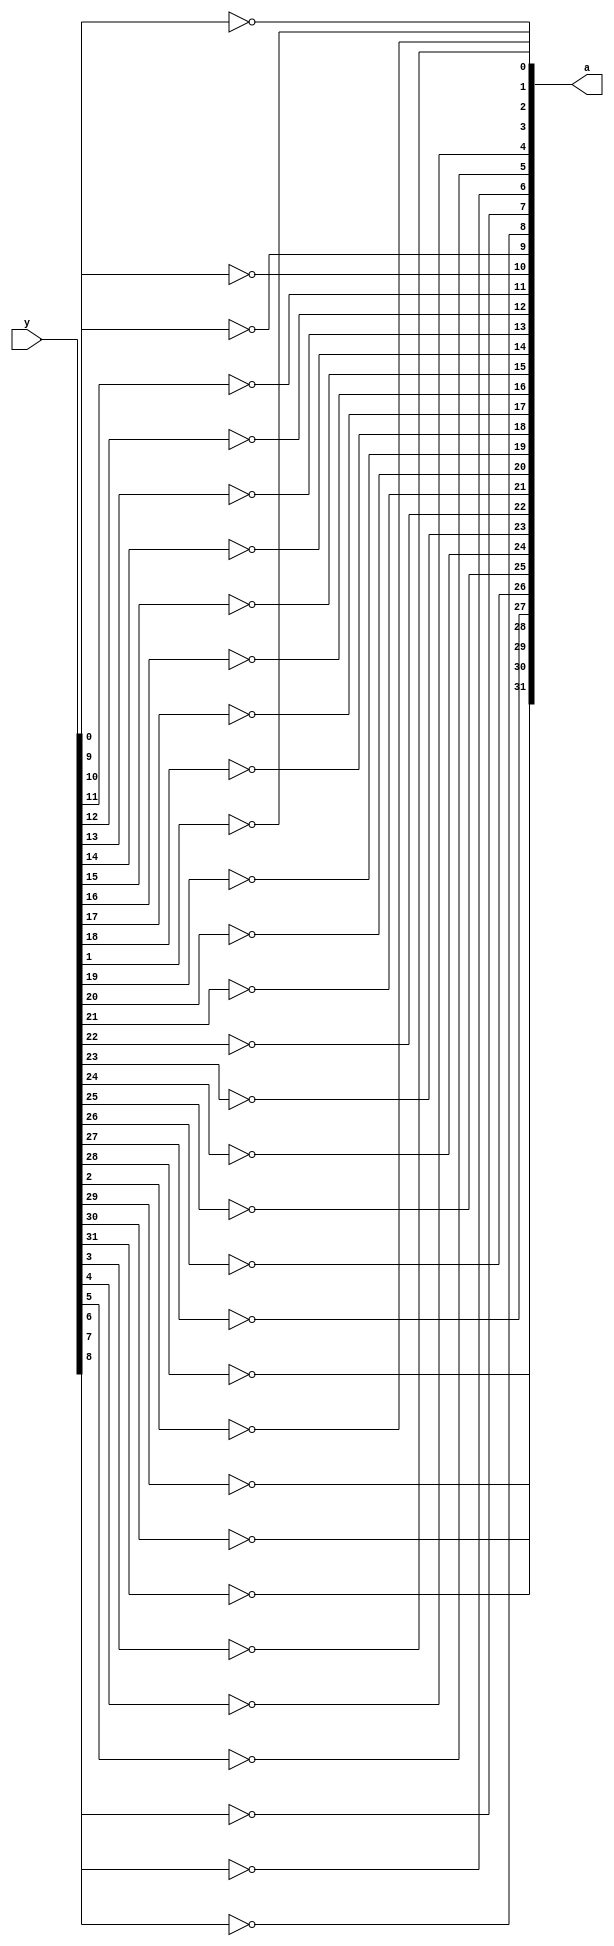
module not_gate32(a, y);
	output [31:0] a;
	input [31:0] y;
	
	not n0(a[0], y[0]);
	not n1(a[1], y[1]);
	not n2(a[2], y[2]);
	not n3(a[3], y[3]);
	not n4(a[4], y[4]);
	not n5(a[5], y[5]);
	not n6(a[6], y[6]);
	not n7(a[7], y[7]);
	not n8(a[8], y[8]);
	not n9(a[9], y[9]);
	not n10(a[10], y[10]);
	not n11(a[11], y[11]);
	not n12(a[12], y[12]);
	not n13(a[13], y[13]);
	not n14(a[14], y[14]);
	not n15(a[15], y[15]);
	
	not n16(a[16], y[16]);
	not n17(a[17], y[17]);
	not n18(a[18], y[18]);
	not n19(a[19], y[19]);
	not n20(a[20], y[20]);
	not n21(a[21], y[21]);
	not n22(a[22], y[22]);
	not n23(a[23], y[23]);
	not n24(a[24], y[24]);
	not n25(a[25], y[25]);
	not n26(a[26], y[26]);
	not n27(a[27], y[27]);
	not n28(a[28], y[28]);
	not n29(a[29], y[29]);
	not n30(a[30], y[30]);
	not n31(a[31], y[31]);
	
endmodule